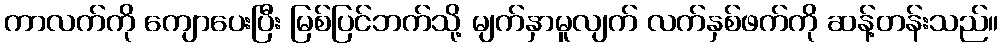
ကာလက်ကို ကျောပေးပြီး မြစ်ပြင်ဘက်သို့ မျက်နှာမူလျက် လက်နှစ်ဖက်ကို ဆန့်တန်းသည်။